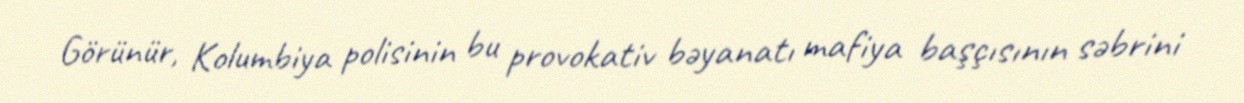
Görünür, Kolumbiya polisinin bu provokativ bəyanatı mafiya başçısının səbrini